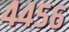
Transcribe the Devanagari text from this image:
४४५६